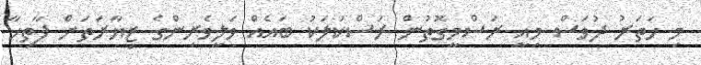
މި ހަތަރު ދުވަސް މިއީ ރަސްމީގޮތުން ރަސްކަލަކު ބައެއް ވަލީވެރިންގެ ޒިޔާރަތަށް ފާތިހާ